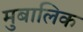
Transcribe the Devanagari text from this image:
मुबालिक